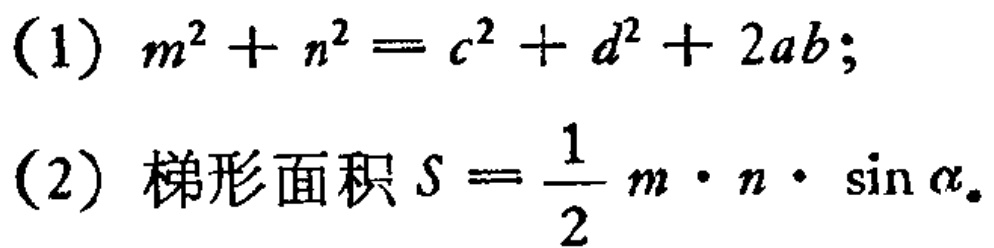
(1) \(m^{2}+n^{2}=c^{2}+d^{2}+2ab\);
(2) 梯形面积 \(S = \frac{1}{2}m\cdot n\cdot\sin\alpha\).